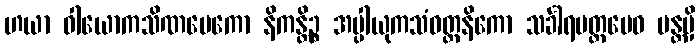
ဟယာ ဝါယောကသိဏမေကော နိကန္တိဉ္စ အပ္ပါယုကသံဝတ္တနိကော သင်္ခါရမတ္တမေဝ ပန္တမှိ